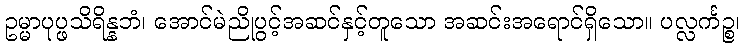
ဥမ္မာပုပ္ဖသိရိန္နဘံ၊ အောင်မဲညိုပွင့်အဆင်နှင့်တူသော အဆင်းအရောင်ရှိသော။ ပလ္လင်္ကဉ္စ၊